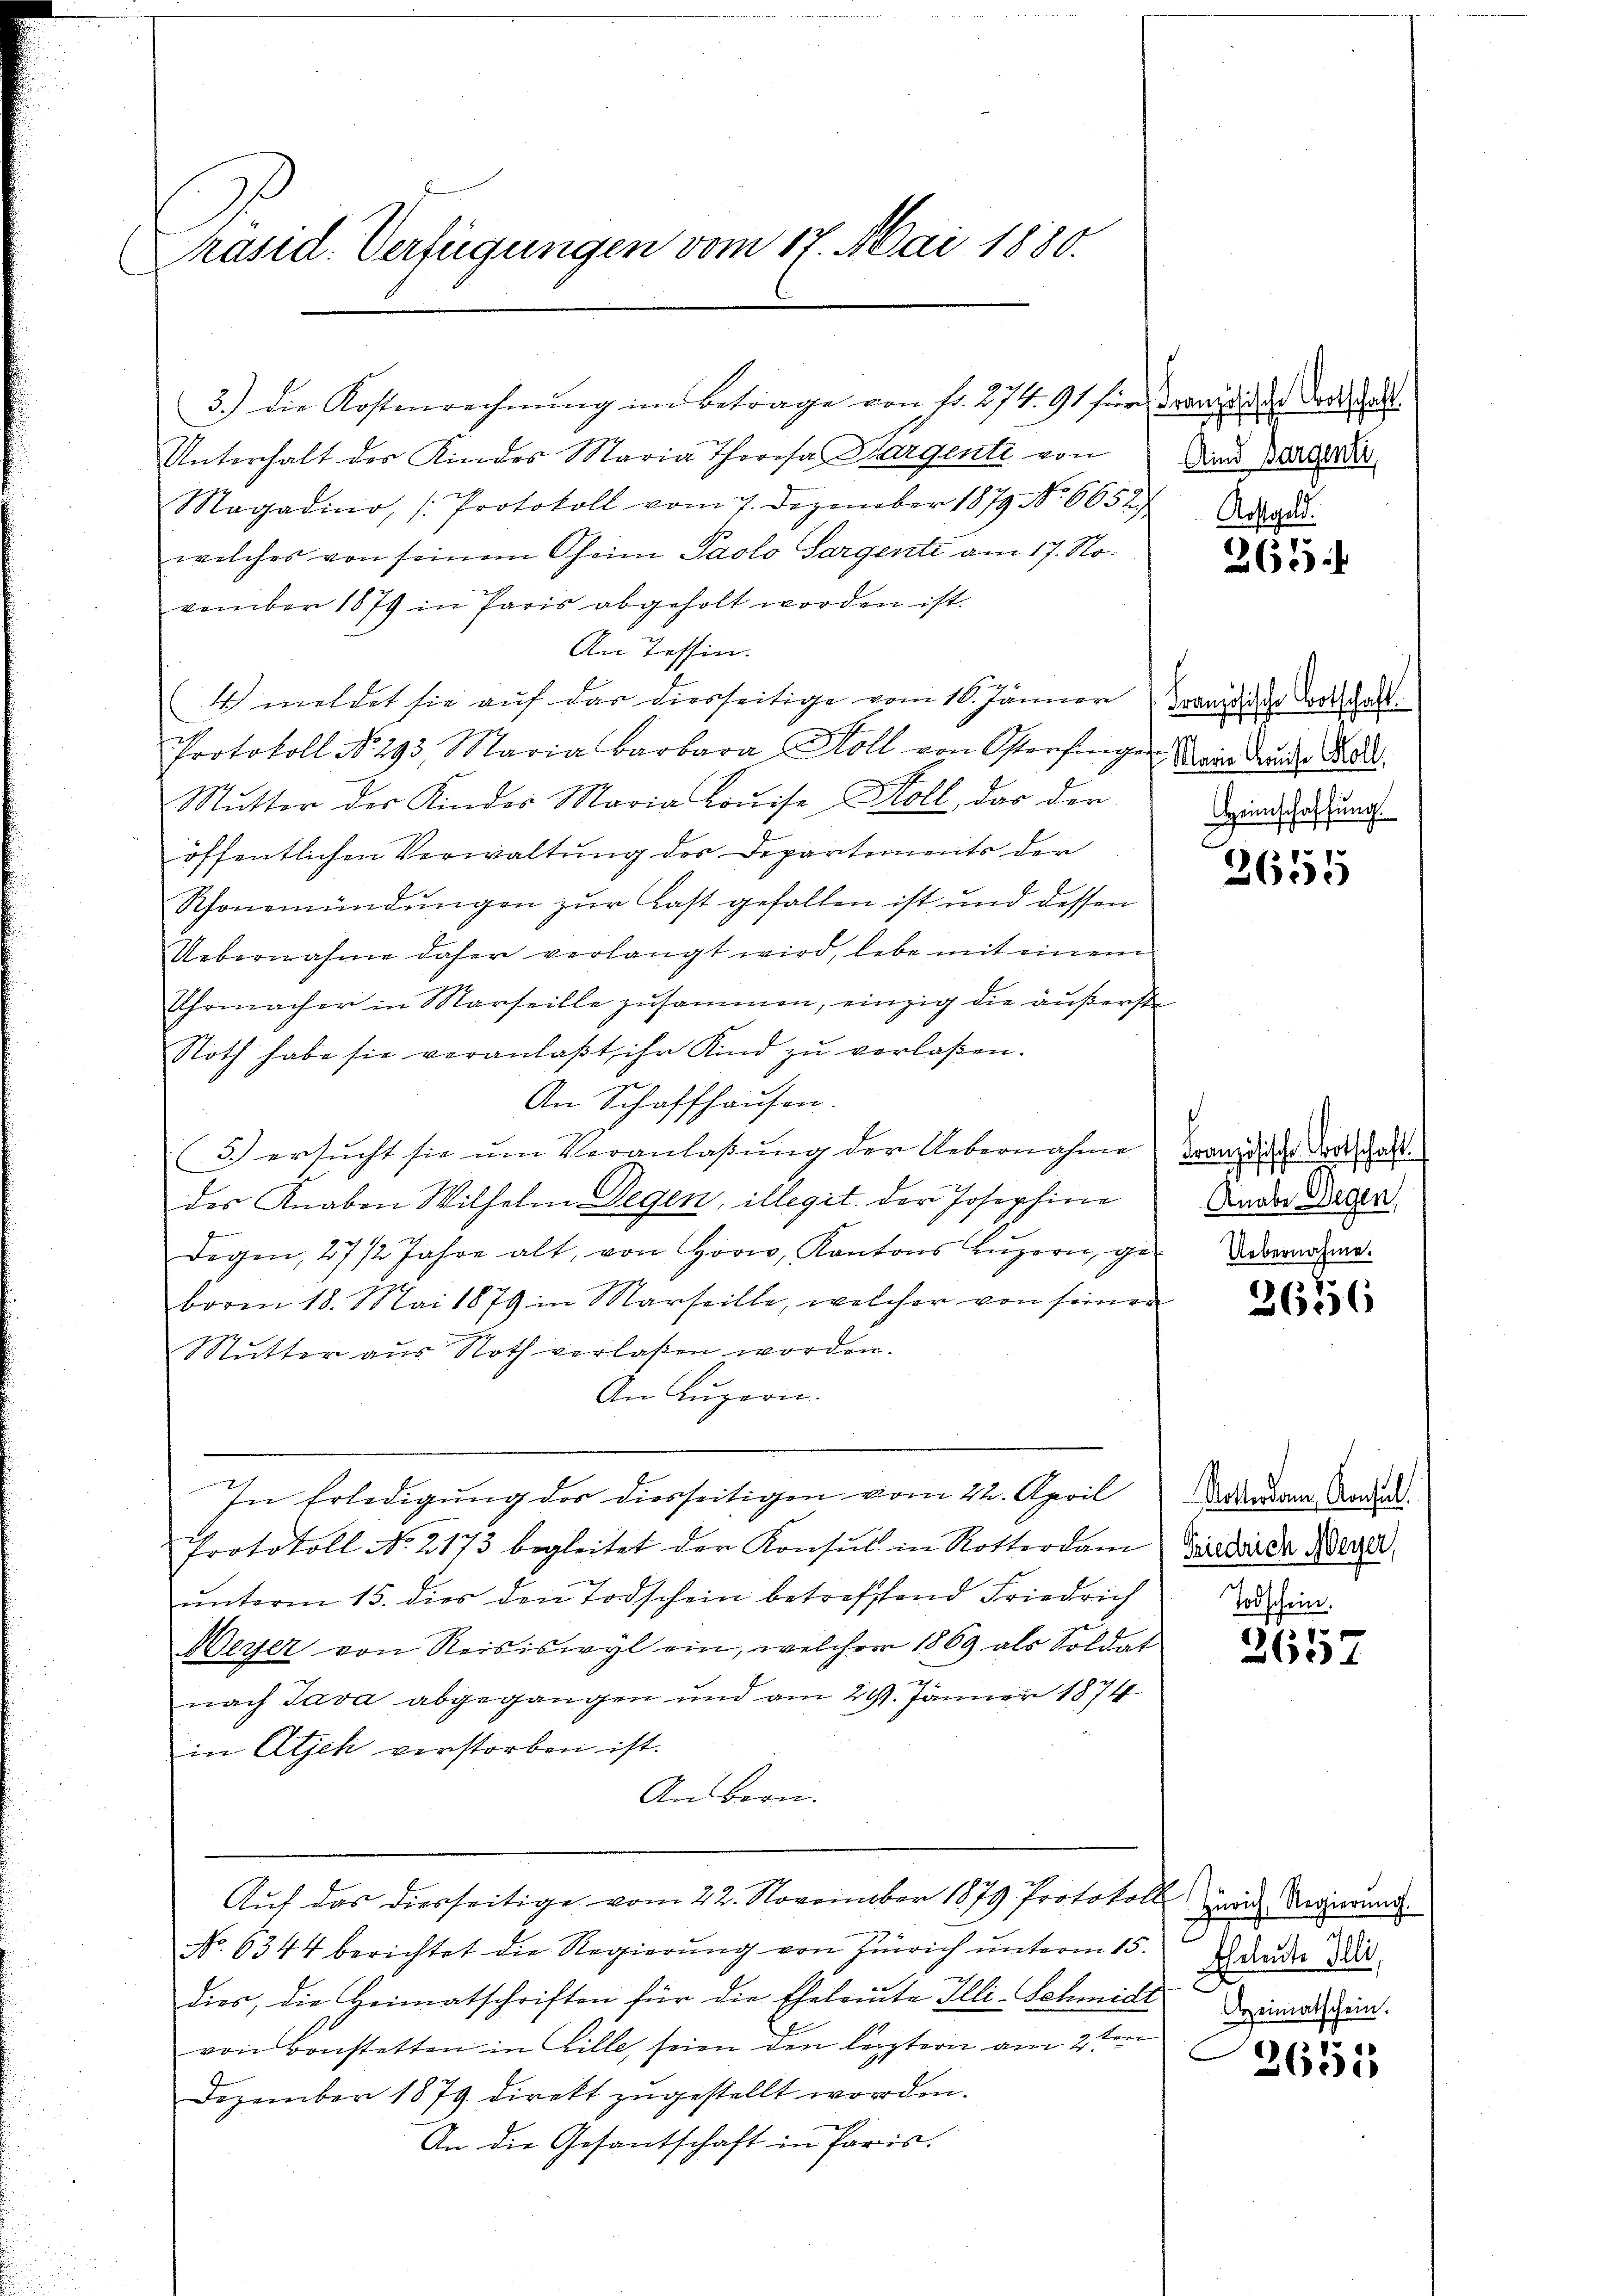
käsid. Verfügungen vom 17. Mai 1880.
.

3.) die Kostenrechnŭng im Betrage von fr. 274. 91 für Franz die der dortschaft.
Unterhalt der Kindes Maria Thoresa Chargenti von
Magadinio, (Protokoll vom 7. Dezember 1879 No 6652)
welches von seinem Oheim Paolo Sargenti am 17. November 1879 in Paris abgeholt worden ist.
An Tessin.
4) meldet sie auf das diesseitige vom 16. Jänner
Protokoll No 293. Maria Barbara Moll von Osterfingen Mair Grunde Bede
Mutter des Kindes Maria Louise, Holl, das der
öffentlichen Verwaltung des Departements der
Schönemündungen zur Last gefallen ist und dessen
Uebernahme daher verlangt wird, lebe mit einem
Uhrmacher in Marseille zusammen, einzig die äußerst
Noth habe sie veranlaßt, ihr Kind zu verlaßen.
An Schaffhausen.
(3.) ersucht sie um Veranlaßung der Uebernahme
des Knaben Wilhelm Degen, illegit der Josephine
Degen, 27/2 Jahre alt, von Horw, Kantons Lŭzern, ge
boren 18. Mai 1879 in Marseille, welcher von seine
Mutter aus Noth verlaßen worden.
An Luzern.
In Erledigung der diesseitigen vom 22. April
Protokoll No 2173 begleitet der Konsul in Rotterdam
ŭnterm 15. dies den Todschein betreffend Friedrich
Weyer von Reisiswyl ein, welcher 1869 als Soldat
nach Java abgegangen und am 29. Jänner 1874
in Atjek verstorben ist.
An Bern.
Auf das diesseitige vom 22. November 1879 Protokoll ich Regierung
No. 6344 berichtet die Regierung von Zürich unterm 15.
.
dies, die Heimatschriften für die Eheleute Illi-Schmidt einmal sein.
von Bonstetten in Zille, seien den leztern am 2ten
Dezember 1879 direkt zugestellt worden.
An die Gesantschaft in Paris.

Aind sorgenti,

f

Kostgeld.
265

Französische Botschaft.
Heimschaffung.

7
2605

d
Französische Bootschaft.
Knabe Wegen,
 Uebernahme.

2636

Rollendann, Konsul
Friedrich Meyer,
Todschein.

2657

Eheleute Illi,

26515